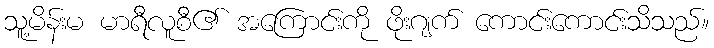
သူ့မိန်းမ မာရီလူစီ၏ အကြောင်းကို ဖိုးဂျက် ကောင်းကောင်းသိသည်။